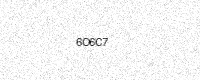
Text: 6O6C7